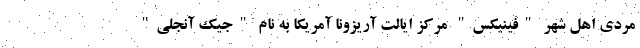
مردی اهل شهر "فینیکس" مرکز ایالت آریزونا آمریکا به نام "جیک آنجلی"